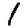
Digit: 1